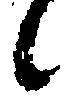
候